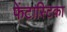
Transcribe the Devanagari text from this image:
फेंटास्टिका